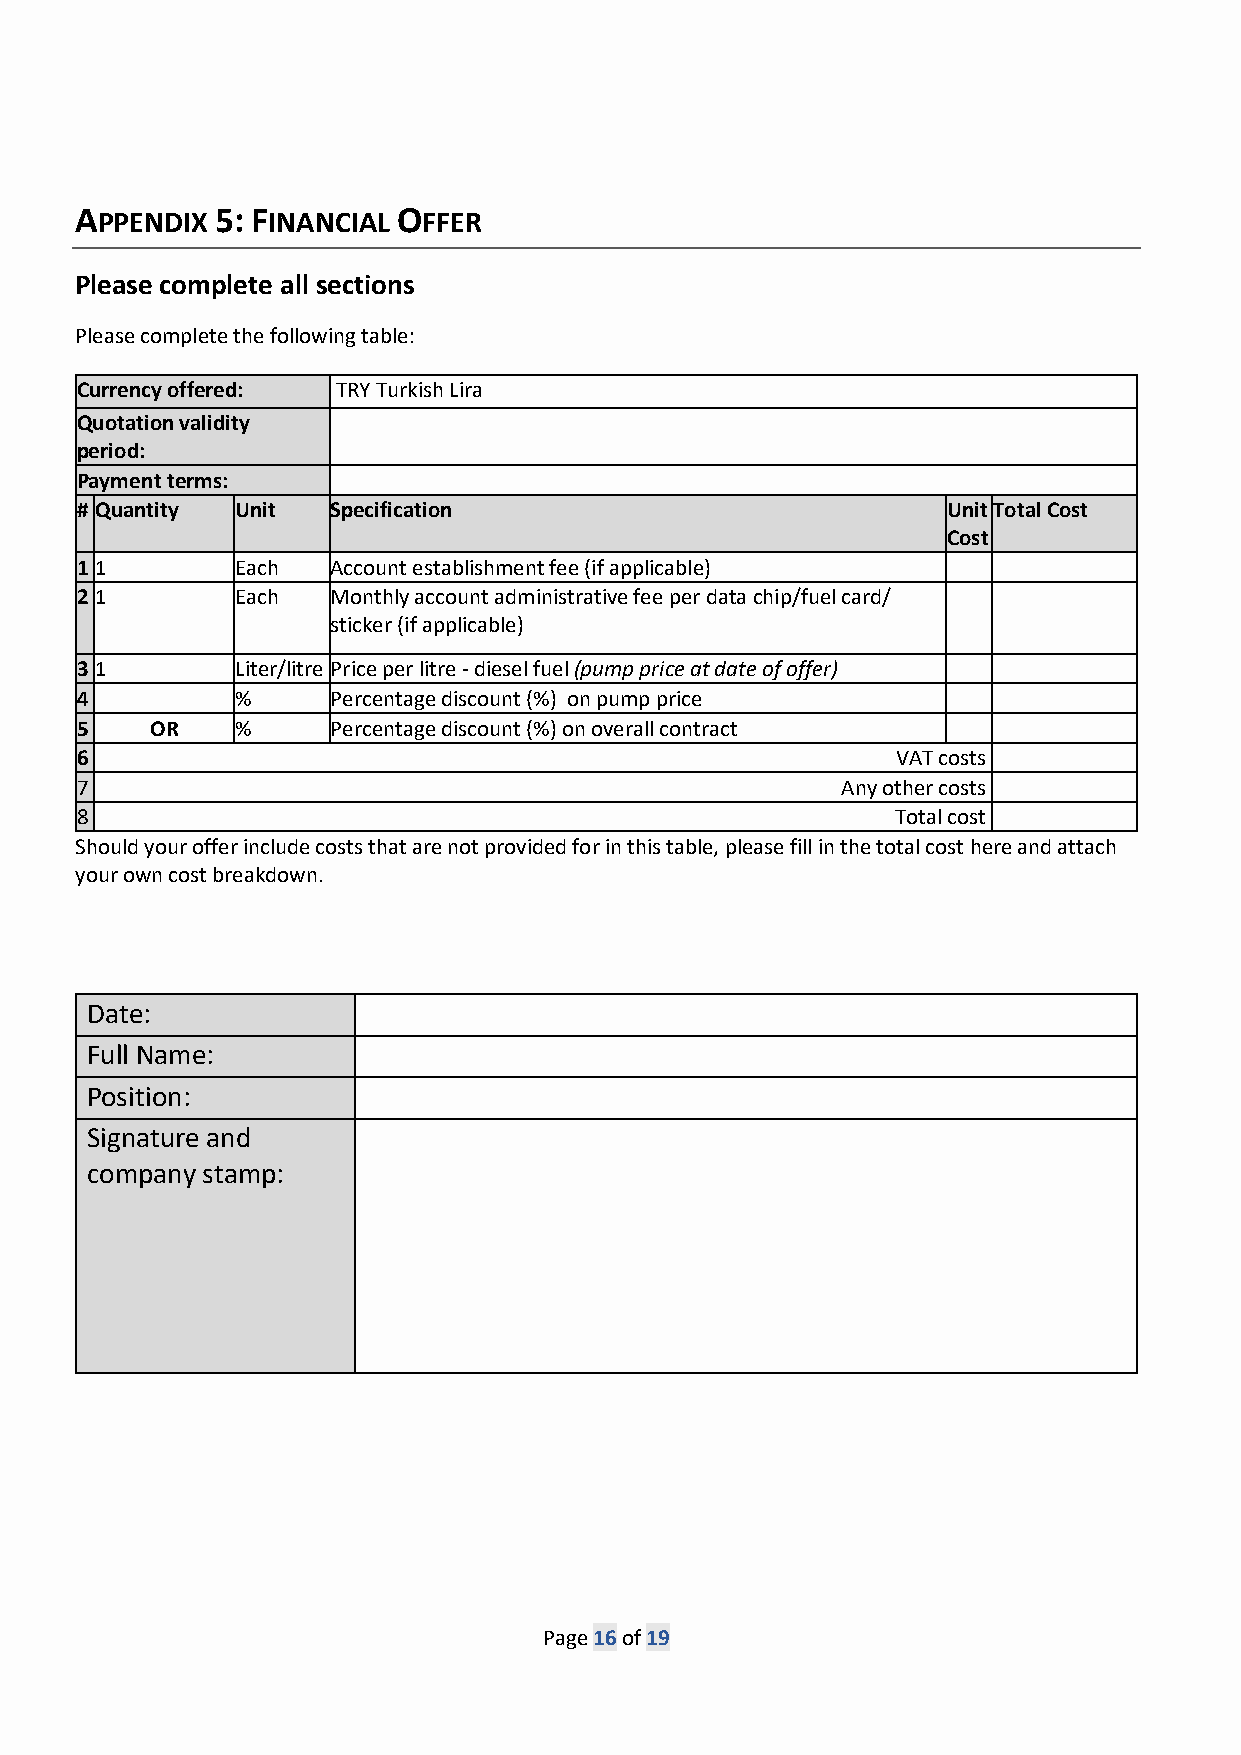
APPENDIX 5: FINANCIAL OFFER
 Please complete all sections
 Please complete the following table:
 Currency offered: TRY Turkish Lira
 Quotation validity
 period:
 Payment terms:
 # Quantity Unit  Specification                            Unit Total Cost
 Cost
 1 1        Each  Account establishment fee (if applicable)
 2 1        Each  Monthly account administrative fee per data chip/fuel card/
 sticker (if applicable)
 3 1        Liter/litre Price per litre - diesel fuel (pump price at date of offer)
 4          %     Percentage discount (%) on pump price
 5    OR    %     Percentage discount (%) on overall contract
 6                                                     VAT costs
 7                                                  Any other costs
 8                                                     Total cost
 Should your offer include costs that are not provided for in this table, please fill in the total cost here and attach
 your own cost breakdown.
 Date:
 Full Name:
 Position:
 Signature and
 company stamp:
 Page 16 of 19